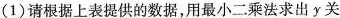
(1)请根据上表提供的数据，用最小二乘法求出y关